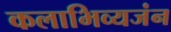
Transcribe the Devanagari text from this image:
कलाभिव्यजंन